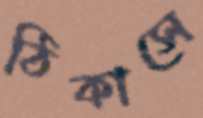
ঠিকাসে